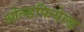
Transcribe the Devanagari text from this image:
ओल्डफियेल्ड